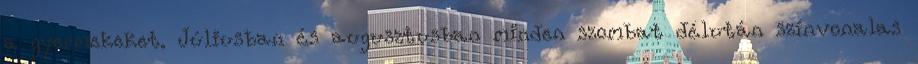
a gyermekeket. Júliusban és augusztusban minden szombat délután színvonalas